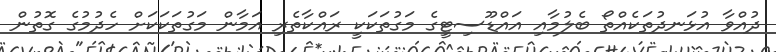
ދުއްވާ އުޅަނދުތަކެއްތޯ ބެލުމާއި އައްޑޫސިޓީގެ މަގުތަކަކީ ރައްކާތެރި އަމާން މަގުތަކަކަށް ހެދުމުގެ ގޮތުން